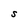
Character: S